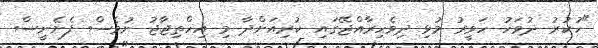
"ހުކުރު ދުވަހު ހަވީރު މުޅި ދިވެހިރާއްޖޭގައި ކުރިއަށްދާ މި އިހްތިޖާޖު ނުވެސް ފެށެނީސް